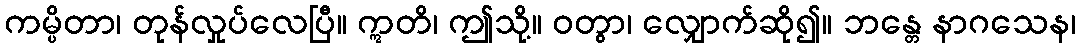
ကမ္ပိတာ၊ တုန်လှုပ်လေပြီ။ ဣတိ၊ ဤသို့။ ဝတွာ၊ လျှောက်ဆို၍။ ဘန္တေ နာဂသေန၊